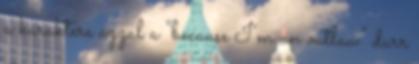
a karaktere azzal a “because I’m an outlaw” durr